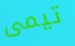
تيمى